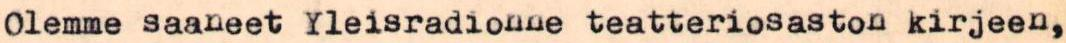
Olemme saaneet Yleisradionne teatteriosaston kirjeen,